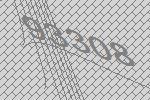
93308